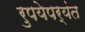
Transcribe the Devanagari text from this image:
रुपयेपर्यंत